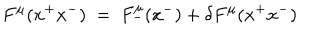
F ^ { \mu } ( x ^ { + } x ^ { - } ) ~ = ~ F _ { - } ^ { \mu } ( x ^ { - } ) + \delta F ^ { \mu } ( x ^ { + } x ^ { - } )